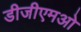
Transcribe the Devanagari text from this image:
डीजीएमओ